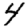
Digit: 4